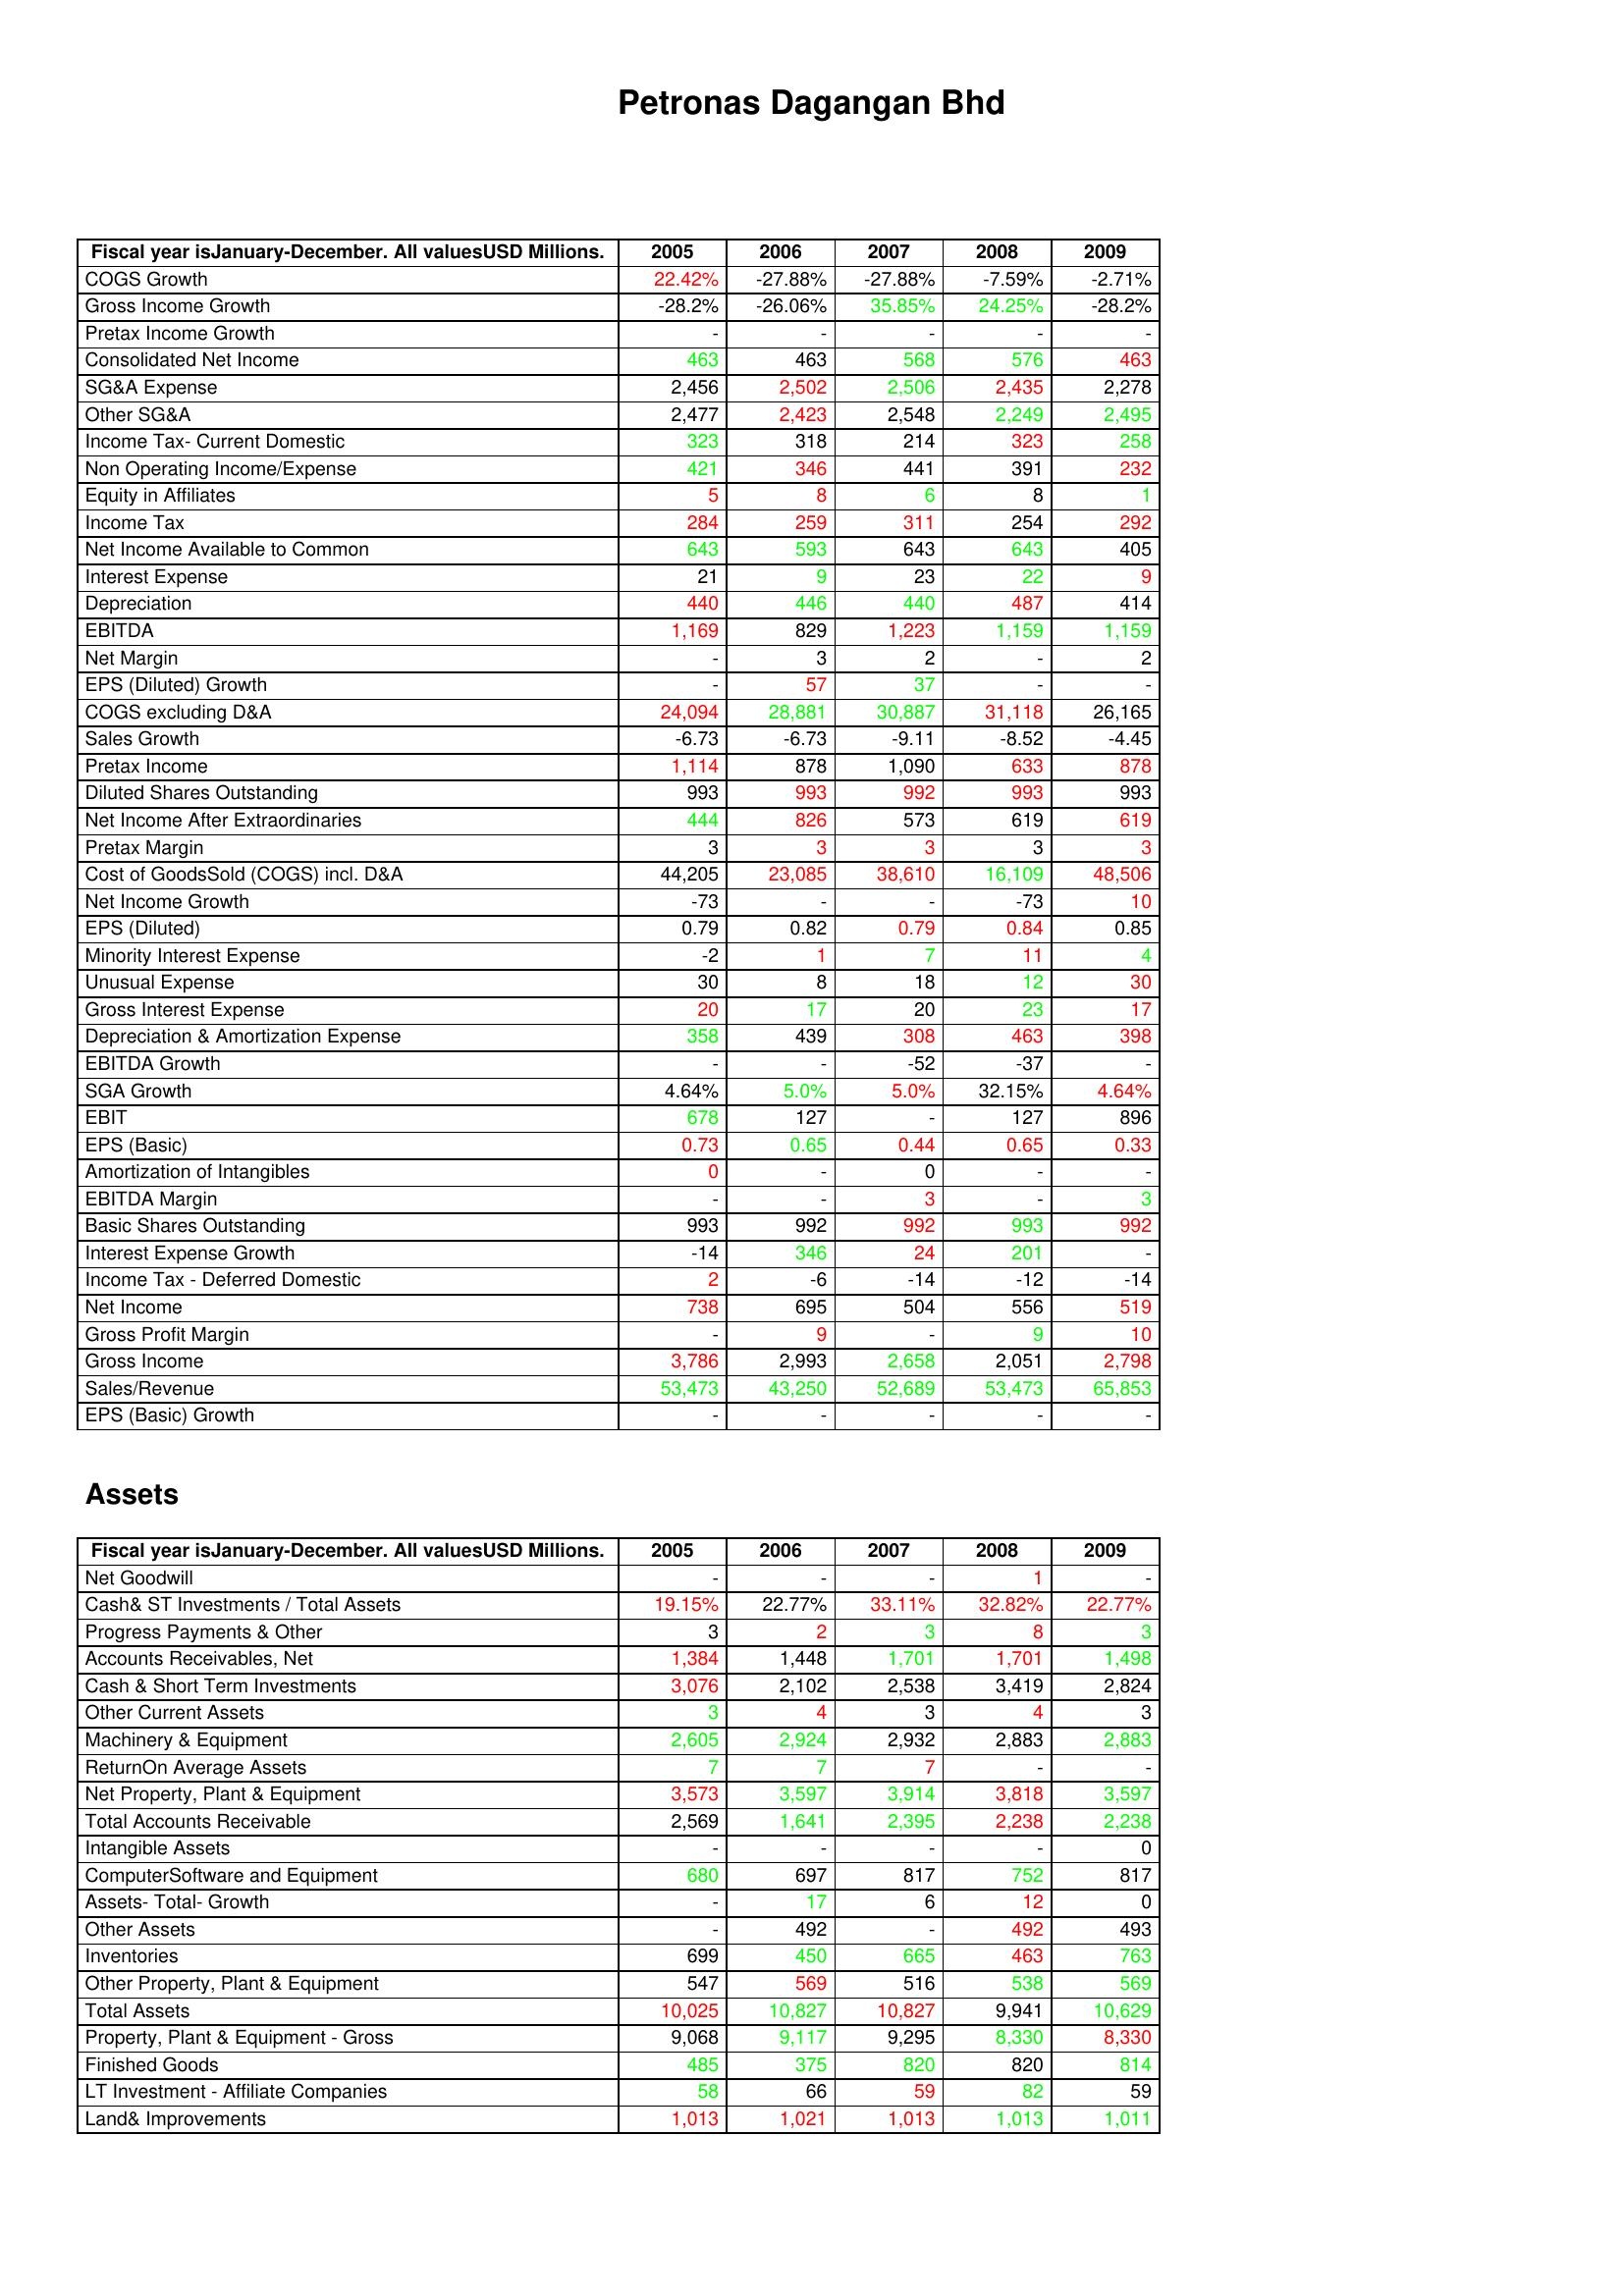
gt_parse: 2005: : COGS Growth: 22.42%
Gross Income Growth: -28.2%
Pretax Income Growth: -
Consolidated Net Income: 463
SG&A Expense: 2,456
Other SG&A: 2,477
Income Tax- Current Domestic: 323
Non Operating Income/Expense: 421
Equity in Affiliates: 5
Income Tax: 284
Net Income Available to Common: 643
Interest Expense: 21
Depreciation: 440
EBITDA: 1,169
Net Margin: -
EPS (Diluted) Growth: -
COGS excluding D&A: 24,094
Sales Growth: -6.73
Pretax Income: 1,114
Diluted Shares Outstanding: 993
Net Income After Extraordinaries: 444
Pretax Margin: 3
Cost of GoodsSold (COGS) incl. D&A: 44,205
Net Income Growth: -73
EPS (Diluted): 0.79
Minority Interest Expense: -2
Unusual Expense: 30
Gross Interest Expense: 20
Depreciation & Amortization Expense: 358
EBITDA Growth: -
SGA Growth: 4.64%
EBIT: 678
EPS (Basic): 0.73
Amortization of Intangibles: 0
EBITDA Margin: -
Basic Shares Outstanding: 993
Interest Expense Growth: -14
Income Tax - Deferred Domestic: 2
Net Income: 738
Gross Profit Margin: -
Gross Income: 3,786
Sales/Revenue: 53,473
EPS (Basic) Growth: -
Assets: Net Goodwill: -
Cash& ST Investments / Total Assets: 19.15%
Progress Payments & Other: 3
Accounts Receivables, Net: 1,384
Cash & Short Term Investments: 3,076
Other Current Assets: 3
Machinery & Equipment: 2,605
ReturnOn Average Assets: 7
Net Property, Plant & Equipment: 3,573
Total Accounts Receivable: 2,569
Intangible Assets: -
ComputerSoftware and Equipment: 680
Assets- Total- Growth: -
Other Assets: -
Inventories: 699
Other Property, Plant & Equipment: 547
Total Assets: 10,025
Property, Plant & Equipment - Gross : 9,068
Finished Goods: 485
LT Investment - Affiliate Companies: 58
Land& Improvements: 1,013
2006: : COGS Growth: -27.88%
Gross Income Growth: -26.06%
Pretax Income Growth: -
Consolidated Net Income: 463
SG&A Expense: 2,502
Other SG&A: 2,423
Income Tax- Current Domestic: 318
Non Operating Income/Expense: 346
Equity in Affiliates: 8
Income Tax: 259
Net Income Available to Common: 593
Interest Expense: 9
Depreciation: 446
EBITDA: 829
Net Margin: 3
EPS (Diluted) Growth: 57
COGS excluding D&A: 28,881
Sales Growth: -6.73
Pretax Income: 878
Diluted Shares Outstanding: 993
Net Income After Extraordinaries: 826
Pretax Margin: 3
Cost of GoodsSold (COGS) incl. D&A: 23,085
Net Income Growth: -
EPS (Diluted): 0.82
Minority Interest Expense: 1
Unusual Expense: 8
Gross Interest Expense: 17
Depreciation & Amortization Expense: 439
EBITDA Growth: -
SGA Growth: 5.0%
EBIT: 127
EPS (Basic): 0.65
Amortization of Intangibles: -
EBITDA Margin: -
Basic Shares Outstanding: 992
Interest Expense Growth: 346
Income Tax - Deferred Domestic: -6
Net Income: 695
Gross Profit Margin: 9
Gross Income: 2,993
Sales/Revenue: 43,250
EPS (Basic) Growth: -
Assets: Net Goodwill: -
Cash& ST Investments / Total Assets: 22.77%
Progress Payments & Other: 2
Accounts Receivables, Net: 1,448
Cash & Short Term Investments: 2,102
Other Current Assets: 4
Machinery & Equipment: 2,924
ReturnOn Average Assets: 7
Net Property, Plant & Equipment: 3,597
Total Accounts Receivable: 1,641
Intangible Assets: -
ComputerSoftware and Equipment: 697
Assets- Total- Growth: 17
Other Assets: 492
Inventories: 450
Other Property, Plant & Equipment: 569
Total Assets: 10,827
Property, Plant & Equipment - Gross : 9,117
Finished Goods: 375
LT Investment - Affiliate Companies: 66
Land& Improvements: 1,021
2007: : COGS Growth: -27.88%
Gross Income Growth: 35.85%
Pretax Income Growth: -
Consolidated Net Income: 568
SG&A Expense: 2,506
Other SG&A: 2,548
Income Tax- Current Domestic: 214
Non Operating Income/Expense: 441
Equity in Affiliates: 6
Income Tax: 311
Net Income Available to Common: 643
Interest Expense: 23
Depreciation: 440
EBITDA: 1,223
Net Margin: 2
EPS (Diluted) Growth: 37
COGS excluding D&A: 30,887
Sales Growth: -9.11
Pretax Income: 1,090
Diluted Shares Outstanding: 992
Net Income After Extraordinaries: 573
Pretax Margin: 3
Cost of GoodsSold (COGS) incl. D&A: 38,610
Net Income Growth: -
EPS (Diluted): 0.79
Minority Interest Expense: 7
Unusual Expense: 18
Gross Interest Expense: 20
Depreciation & Amortization Expense: 308
EBITDA Growth: -52
SGA Growth: 5.0%
EBIT: -
EPS (Basic): 0.44
Amortization of Intangibles: 0
EBITDA Margin: 3
Basic Shares Outstanding: 992
Interest Expense Growth: 24
Income Tax - Deferred Domestic: -14
Net Income: 504
Gross Profit Margin: -
Gross Income: 2,658
Sales/Revenue: 52,689
EPS (Basic) Growth: -
Assets: Net Goodwill: -
Cash& ST Investments / Total Assets: 33.11%
Progress Payments & Other: 3
Accounts Receivables, Net: 1,701
Cash & Short Term Investments: 2,538
Other Current Assets: 3
Machinery & Equipment: 2,932
ReturnOn Average Assets: 7
Net Property, Plant & Equipment: 3,914
Total Accounts Receivable: 2,395
Intangible Assets: -
ComputerSoftware and Equipment: 817
Assets- Total- Growth: 6
Other Assets: -
Inventories: 665
Other Property, Plant & Equipment: 516
Total Assets: 10,827
Property, Plant & Equipment - Gross : 9,295
Finished Goods: 820
LT Investment - Affiliate Companies: 59
Land& Improvements: 1,013
2008: : COGS Growth: -7.59%
Gross Income Growth: 24.25%
Pretax Income Growth: -
Consolidated Net Income: 576
SG&A Expense: 2,435
Other SG&A: 2,249
Income Tax- Current Domestic: 323
Non Operating Income/Expense: 391
Equity in Affiliates: 8
Income Tax: 254
Net Income Available to Common: 643
Interest Expense: 22
Depreciation: 487
EBITDA: 1,159
Net Margin: -
EPS (Diluted) Growth: -
COGS excluding D&A: 31,118
Sales Growth: -8.52
Pretax Income: 633
Diluted Shares Outstanding: 993
Net Income After Extraordinaries: 619
Pretax Margin: 3
Cost of GoodsSold (COGS) incl. D&A: 16,109
Net Income Growth: -73
EPS (Diluted): 0.84
Minority Interest Expense: 11
Unusual Expense: 12
Gross Interest Expense: 23
Depreciation & Amortization Expense: 463
EBITDA Growth: -37
SGA Growth: 32.15%
EBIT: 127
EPS (Basic): 0.65
Amortization of Intangibles: -
EBITDA Margin: -
Basic Shares Outstanding: 993
Interest Expense Growth: 201
Income Tax - Deferred Domestic: -12
Net Income: 556
Gross Profit Margin: 9
Gross Income: 2,051
Sales/Revenue: 53,473
EPS (Basic) Growth: -
Assets: Net Goodwill: 1
Cash& ST Investments / Total Assets: 32.82%
Progress Payments & Other: 8
Accounts Receivables, Net: 1,701
Cash & Short Term Investments: 3,419
Other Current Assets: 4
Machinery & Equipment: 2,883
ReturnOn Average Assets: -
Net Property, Plant & Equipment: 3,818
Total Accounts Receivable: 2,238
Intangible Assets: -
ComputerSoftware and Equipment: 752
Assets- Total- Growth: 12
Other Assets: 492
Inventories: 463
Other Property, Plant & Equipment: 538
Total Assets: 9,941
Property, Plant & Equipment - Gross : 8,330
Finished Goods: 820
LT Investment - Affiliate Companies: 82
Land& Improvements: 1,013
2009: : COGS Growth: -2.71%
Gross Income Growth: -28.2%
Pretax Income Growth: -
Consolidated Net Income: 463
SG&A Expense: 2,278
Other SG&A: 2,495
Income Tax- Current Domestic: 258
Non Operating Income/Expense: 232
Equity in Affiliates: 1
Income Tax: 292
Net Income Available to Common: 405
Interest Expense: 9
Depreciation: 414
EBITDA: 1,159
Net Margin: 2
EPS (Diluted) Growth: -
COGS excluding D&A: 26,165
Sales Growth: -4.45
Pretax Income: 878
Diluted Shares Outstanding: 993
Net Income After Extraordinaries: 619
Pretax Margin: 3
Cost of GoodsSold (COGS) incl. D&A: 48,506
Net Income Growth: 10
EPS (Diluted): 0.85
Minority Interest Expense: 4
Unusual Expense: 30
Gross Interest Expense: 17
Depreciation & Amortization Expense: 398
EBITDA Growth: -
SGA Growth: 4.64%
EBIT: 896
EPS (Basic): 0.33
Amortization of Intangibles: -
EBITDA Margin: 3
Basic Shares Outstanding: 992
Interest Expense Growth: -
Income Tax - Deferred Domestic: -14
Net Income: 519
Gross Profit Margin: 10
Gross Income: 2,798
Sales/Revenue: 65,853
EPS (Basic) Growth: -
Assets: Net Goodwill: -
Cash& ST Investments / Total Assets: 22.77%
Progress Payments & Other: 3
Accounts Receivables, Net: 1,498
Cash & Short Term Investments: 2,824
Other Current Assets: 3
Machinery & Equipment: 2,883
ReturnOn Average Assets: -
Net Property, Plant & Equipment: 3,597
Total Accounts Receivable: 2,238
Intangible Assets: 0
ComputerSoftware and Equipment: 817
Assets- Total- Growth: 0
Other Assets: 493
Inventories: 763
Other Property, Plant & Equipment: 569
Total Assets: 10,629
Property, Plant & Equipment - Gross : 8,330
Finished Goods: 814
LT Investment - Affiliate Companies: 59
Land& Improvements: 1,011